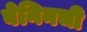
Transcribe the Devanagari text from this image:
बेनिनची